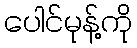
ပေါင်မုန့်ကို